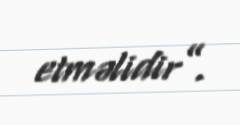
etməlidir”.